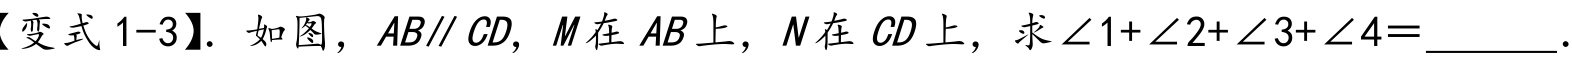
【变式 1-3】. 如图，$AB\parallel CD$，$M$在$AB$上，$N$在$CD$上，求$\angle 1+\angle 2+\angle 3+\angle 4=$______.